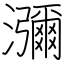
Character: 瀰